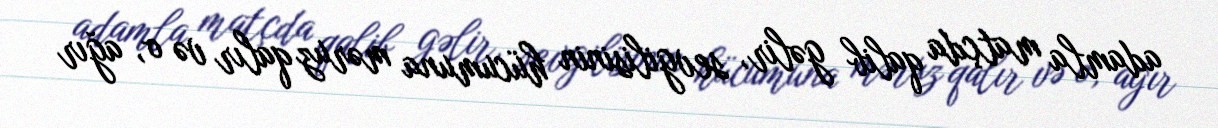
adamla matçda qalib gəlir, sevgilisinin hücumuna məruz qalır və o, ağır